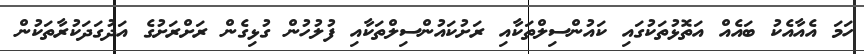
ހަމަ އެއާއެކު ބައެއް އަތޮޅުތަކުގައި ކައުންސިލްތަކާއި ރަށުކައުންސިލްތަކާއި ފުލުހުން ގުޅިގެން ރަށްރަށުގެ އަދުގަދަކުރާތަކުން